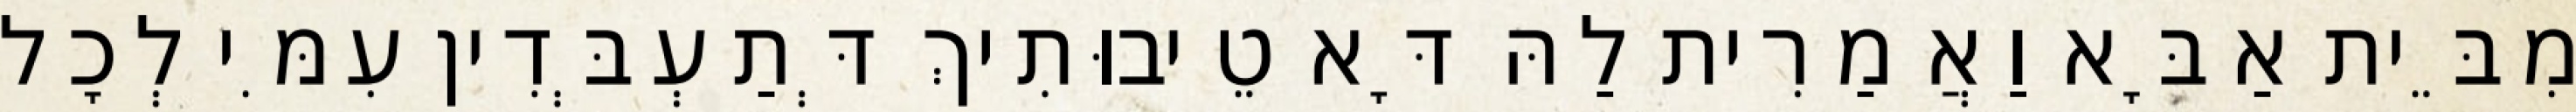
מִבֵּית אַבָּא וַאֲמַרִית לַהּ דָּא טֵיבוּתִיךְ דְּתַעְבְּדִין עִמִּי לְכָל